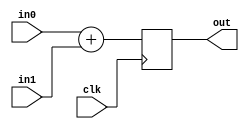
module adder8(
    input wire clk,
    input [7:0] in0,
    input wire [7:0] in1,
    output reg [7:0] out
);
    always @(posedge clk) begin
        out <= in0 + in1;
    end
endmodule